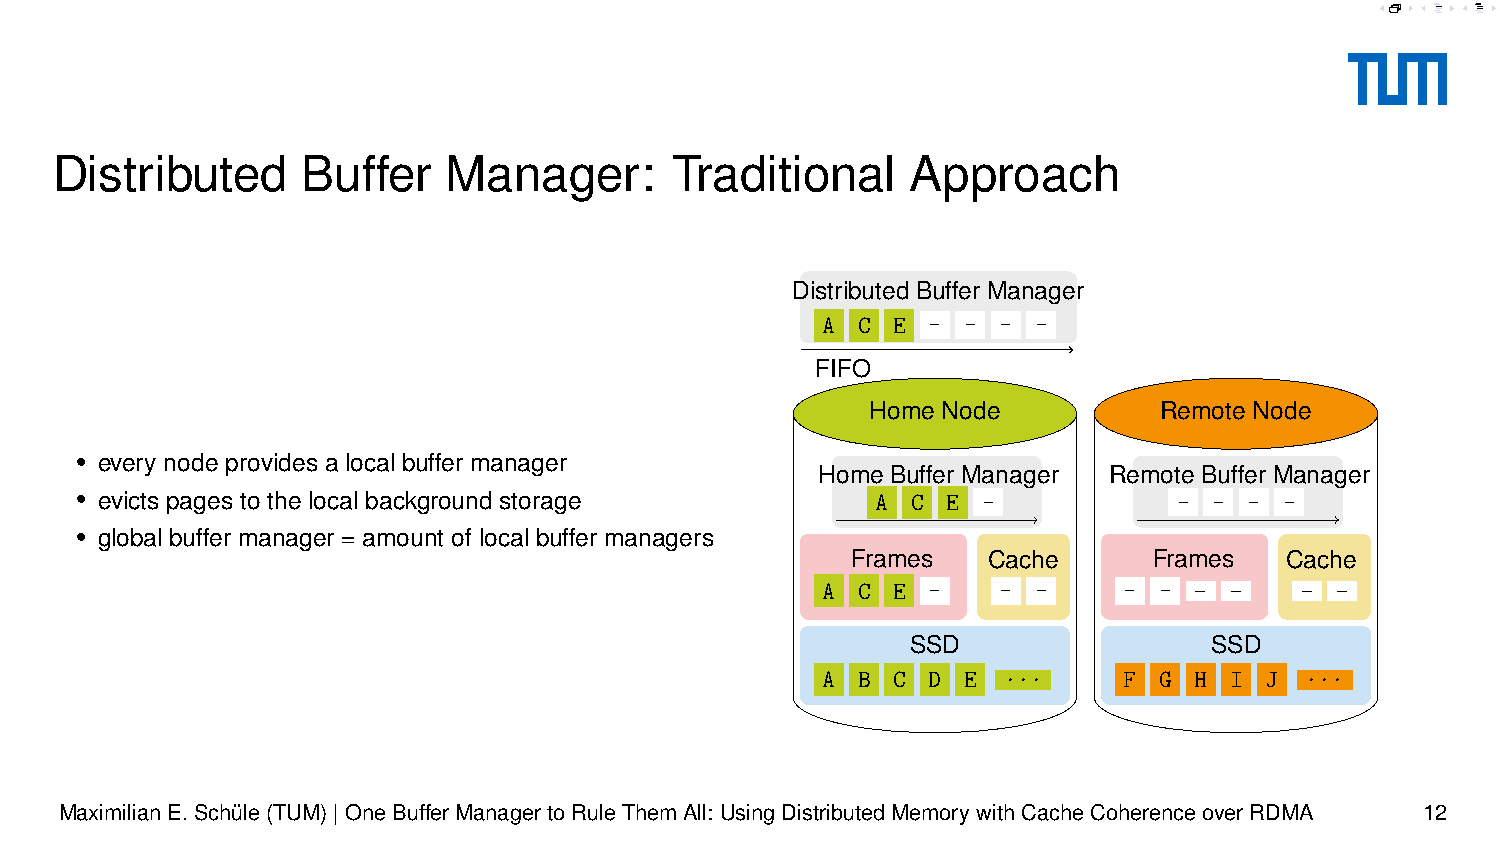
G  B F
 B            G F
 B    G F     G  F
 Distributed      Buffer   Manager:       Traditional     Approach
 Distributed Buffer Manager
 -A -C -E - - - -
 FIFO
 Home Node          Remote Node
 • every node provides a local buffer manager
 Home Buffer Manager Remote Buffer Manager
 • evicts pages to the local background storage       -A -C -E -          - -  - -
 • global buffer manager = amount of local buffer managers
 Frames   Cache      Frames   Cache
 _ _    _ _
 A- C- E- -  -  -    -  -
 SSD                 SSD
 A  B C D  E ...     F  G H I  J ...
 MaximilianE.Schüle(TUM)|OneBufferManagertoRuleThemAll: UsingDistributedMemorywithCacheCoherenceoverRDMA 12